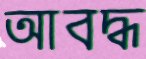
আবদ্ধ